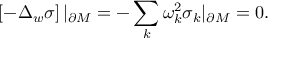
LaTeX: \left[ - \Delta _ { w } \sigma \right] | _ { \partial M } = - \sum _ { k } \omega _ { k } ^ { 2 } \sigma _ { k } | _ { \partial M } = 0 .